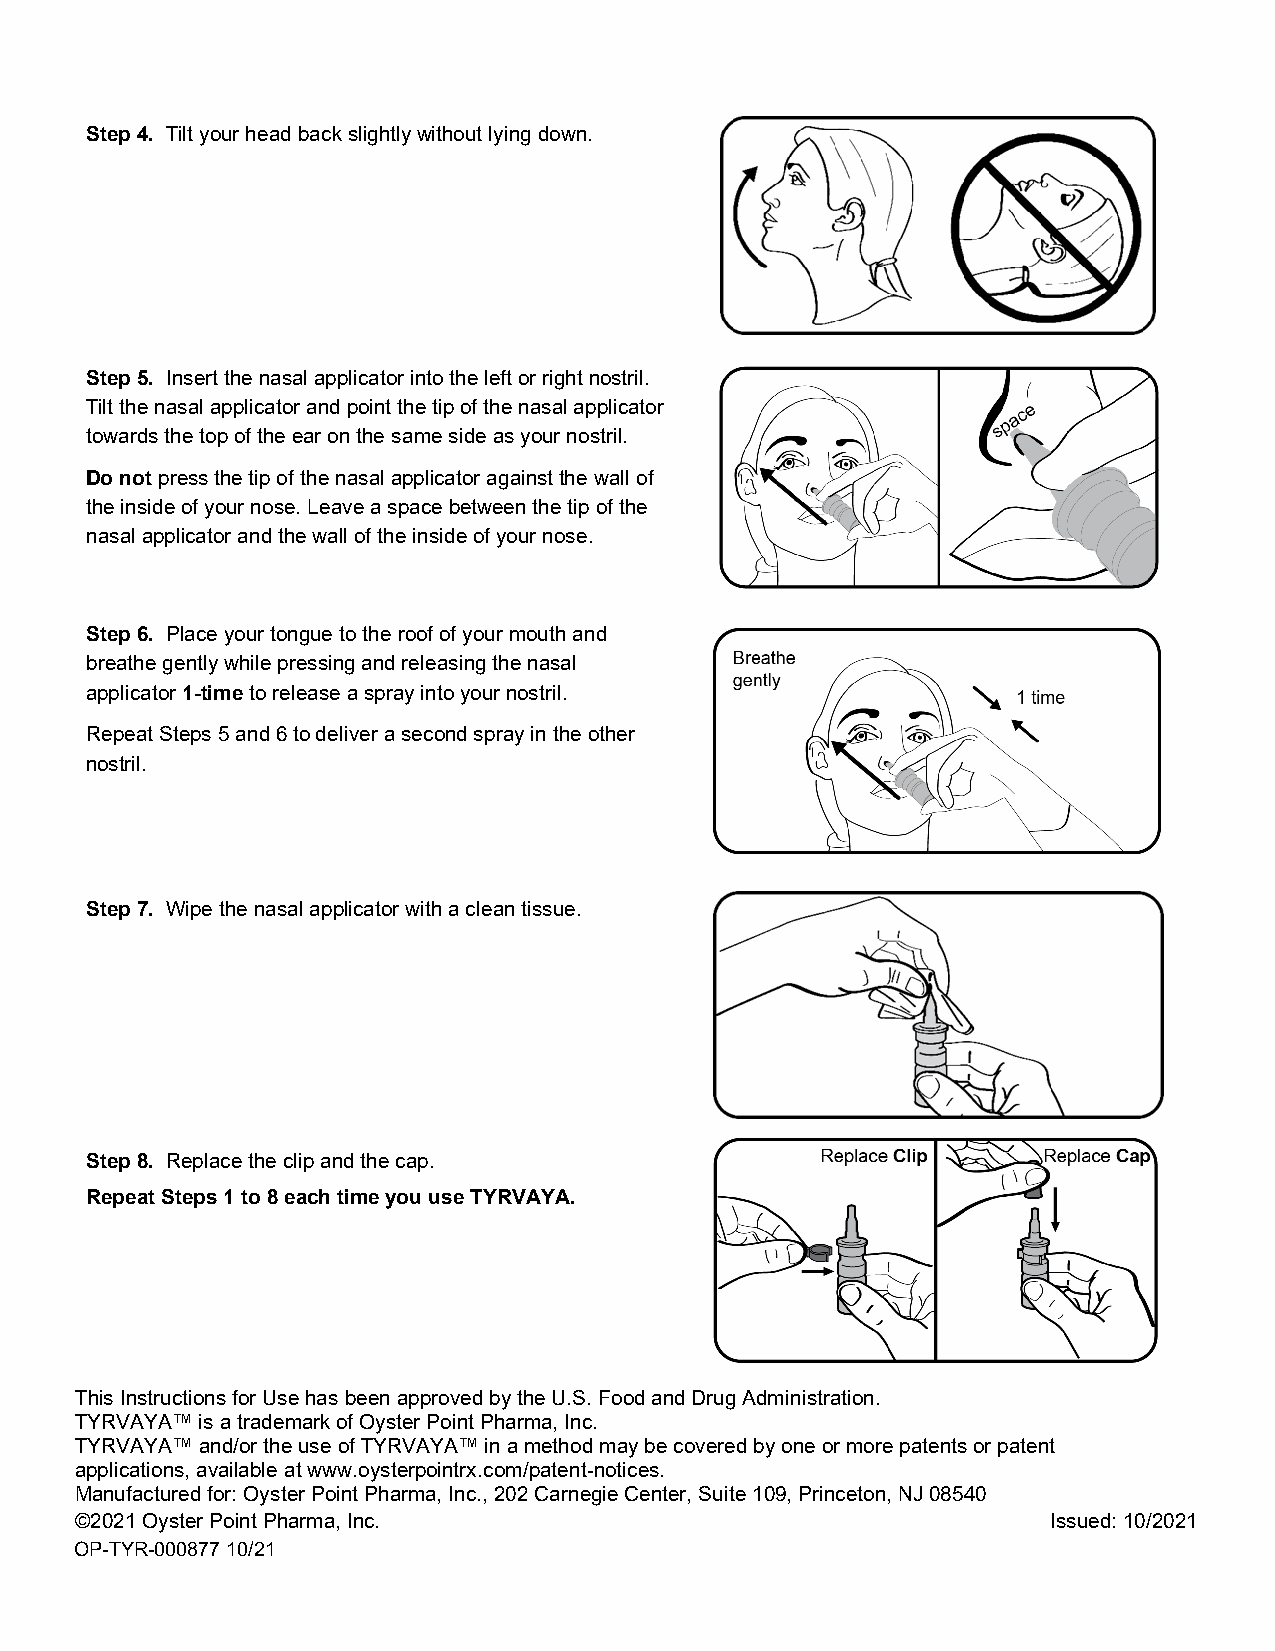
Step 4. Tilt your head back slightly without lying down.
 Step 5. Insert the nasal applicator into the left or right nostril.
 Tilt the nasal applicator and point the tip of the nasal applicator
 towards the top of the ear on the same side as your nostril.
 Do not press the tip of the nasal applicator against the wall of
 the inside of your nose. Leave a space between the tip of the
 nasal applicator and the wall of the inside of your nose.
 Step 6. Place your tongue to the roof of your mouth and
 breathe gently while pressing and releasing the nasal
 applicator 1-time to release a spray into your nostril.
 Repeat Steps 5 and 6 to deliver a second spray in the other
 nostril.
 Step 7. Wipe the nasal applicator with a clean tissue.
 Step 8. Replace the clip and the cap.
 Repeat Steps 1 to 8 each time you use TYRVAYA.
 This Instructions for Use has been approved by the U.S. Food and Drug Administration.
 TYRVAYA™ is a trademark of Oyster Point Pharma, Inc.
 TYRVAYA™ and/or the use of TYRVAYA™ in a method may be covered by one or more patents or patent
 applications, available at www.oysterpointrx.com/patent-notices.
 Manufactured for: Oyster Point Pharma, Inc., 202 Carnegie Center, Suite 109, Princeton, NJ 08540
 ©2021 Oyster Point Pharma, Inc.                                  Issued: 10/2021
 OP-TYR-000877 10/21